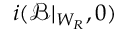
i ( \mathcal { B } | _ { W _ { R } } , 0 )